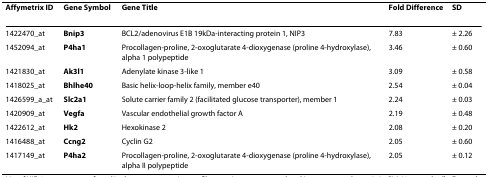
<table><thead><tr><td><b>Affymetrix ID</b></td><td><b>Gene Symbol</b></td><td><b>Gene Title</b></td><td><b>Fold Difference</b></td><td><b>SD</b></td></tr></thead><tbody><tr><td>1422470_at</td><td><b>Bnip3</b></td><td>BCL2/adenovirus E1B 19kDa-interacting protein 1, NIP3</td><td>7.83</td><td>± 2.26</td></tr><tr><td>1452094_at</td><td><b>P4ha1</b></td><td>Procollagen-proline, 2-oxoglutarate 4-dioxygenase (proline 4-hydroxylase), alpha 1 polypeptide</td><td>3.46</td><td>± 0.60</td></tr><tr><td>1421830_at</td><td><b>Ak3l1</b></td><td>Adenylate kinase 3-like 1</td><td>3.09</td><td>± 0.58</td></tr><tr><td>1418025_at</td><td><b>Bhlhe40</b></td><td>Basic helix-loop-helix family, member e40</td><td>2.54</td><td>± 0.04</td></tr><tr><td>1426599_a_at</td><td><b>Slc2a1</b></td><td>Solute carrier family 2 (facilitated glucose transporter), member 1</td><td>2.24</td><td>± 0.03</td></tr><tr><td>1420909_at</td><td><b>Vegfa</b></td><td>Vascular endothelial growth factor A</td><td>2.19</td><td>± 0.48</td></tr><tr><td>1422612_at</td><td><b>Hk2</b></td><td>Hexokinase 2</td><td>2.08</td><td>± 0.20</td></tr><tr><td>1416488_at</td><td><b>Ccng2</b></td><td>Cyclin G2</td><td>2.05</td><td>± 0.60</td></tr><tr><td>1417149_at</td><td><b>P4ha2</b></td><td>Procollagen-proline, 2-oxoglutarate 4-dioxygenase (proline 4-hydroxylase), alpha II polypeptide</td><td>2.05</td><td>± 0.12</td></tr></tbody></table>